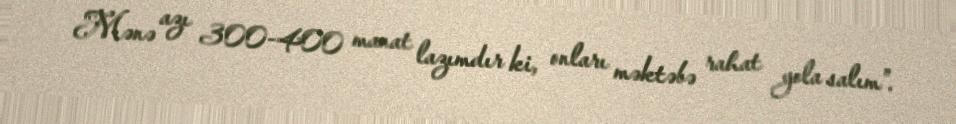
Mənə azı 300-400 manat lazımdır ki, onları məktəbə rahat yola salım”.